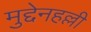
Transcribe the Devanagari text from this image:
मुद्देनहल्ली